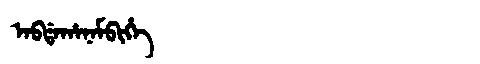
Manchu: ᠠᠪᡩᠠᡥᠠᠨᠠᠮᠪᡳᡥᡝ
Romanization: ABDAHANAMBIHE